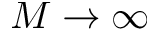
M \rightarrow \infty